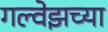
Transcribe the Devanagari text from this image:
गल्वेझच्या